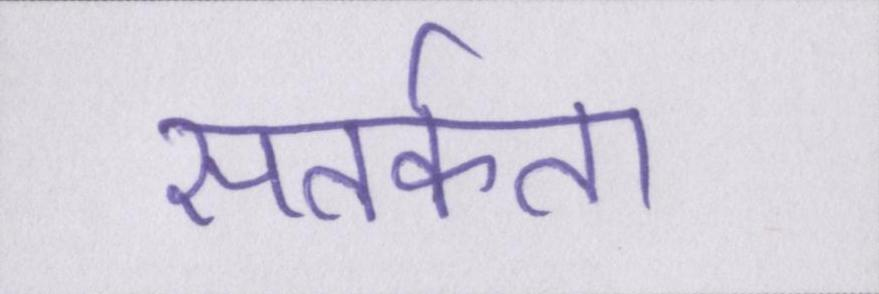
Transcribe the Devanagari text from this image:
सतर्कता